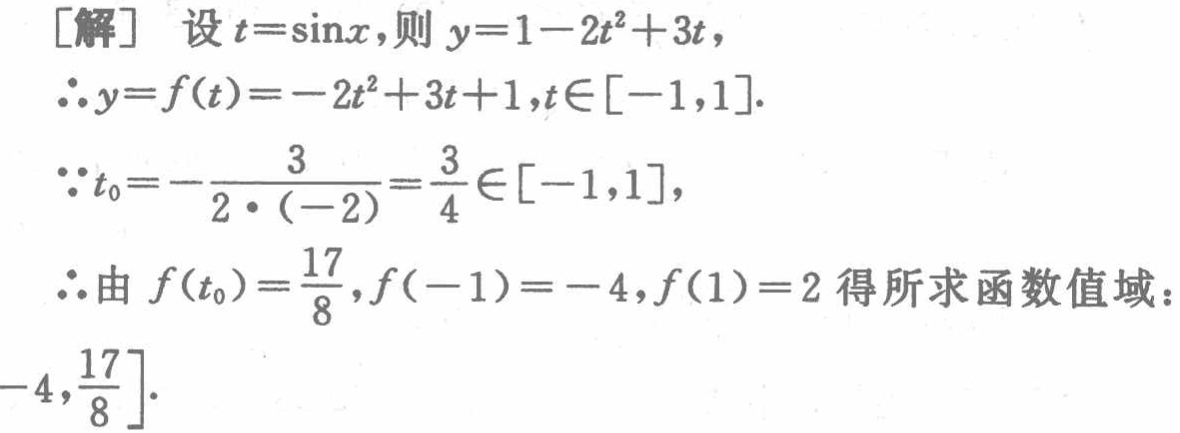
[解] 设 \(t = \sin x\)，则 \(y = 1 - 2t^{2}+3t\)，

\(\therefore y = f(t)=-2t^{2}+3t + 1,t\in[-1,1]\).

\(\because t_{0}=-\frac{3}{2\cdot(-2)}=\frac{3}{4}\in[-1,1]\)，

\(\therefore\)由 \(f(t_{0})=\frac{17}{8},f(-1)=-4,f(1)=2\) 得所求函数值域：\(\left[-4,\frac{17}{8}\right]\).